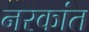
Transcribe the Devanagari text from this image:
नरकांत